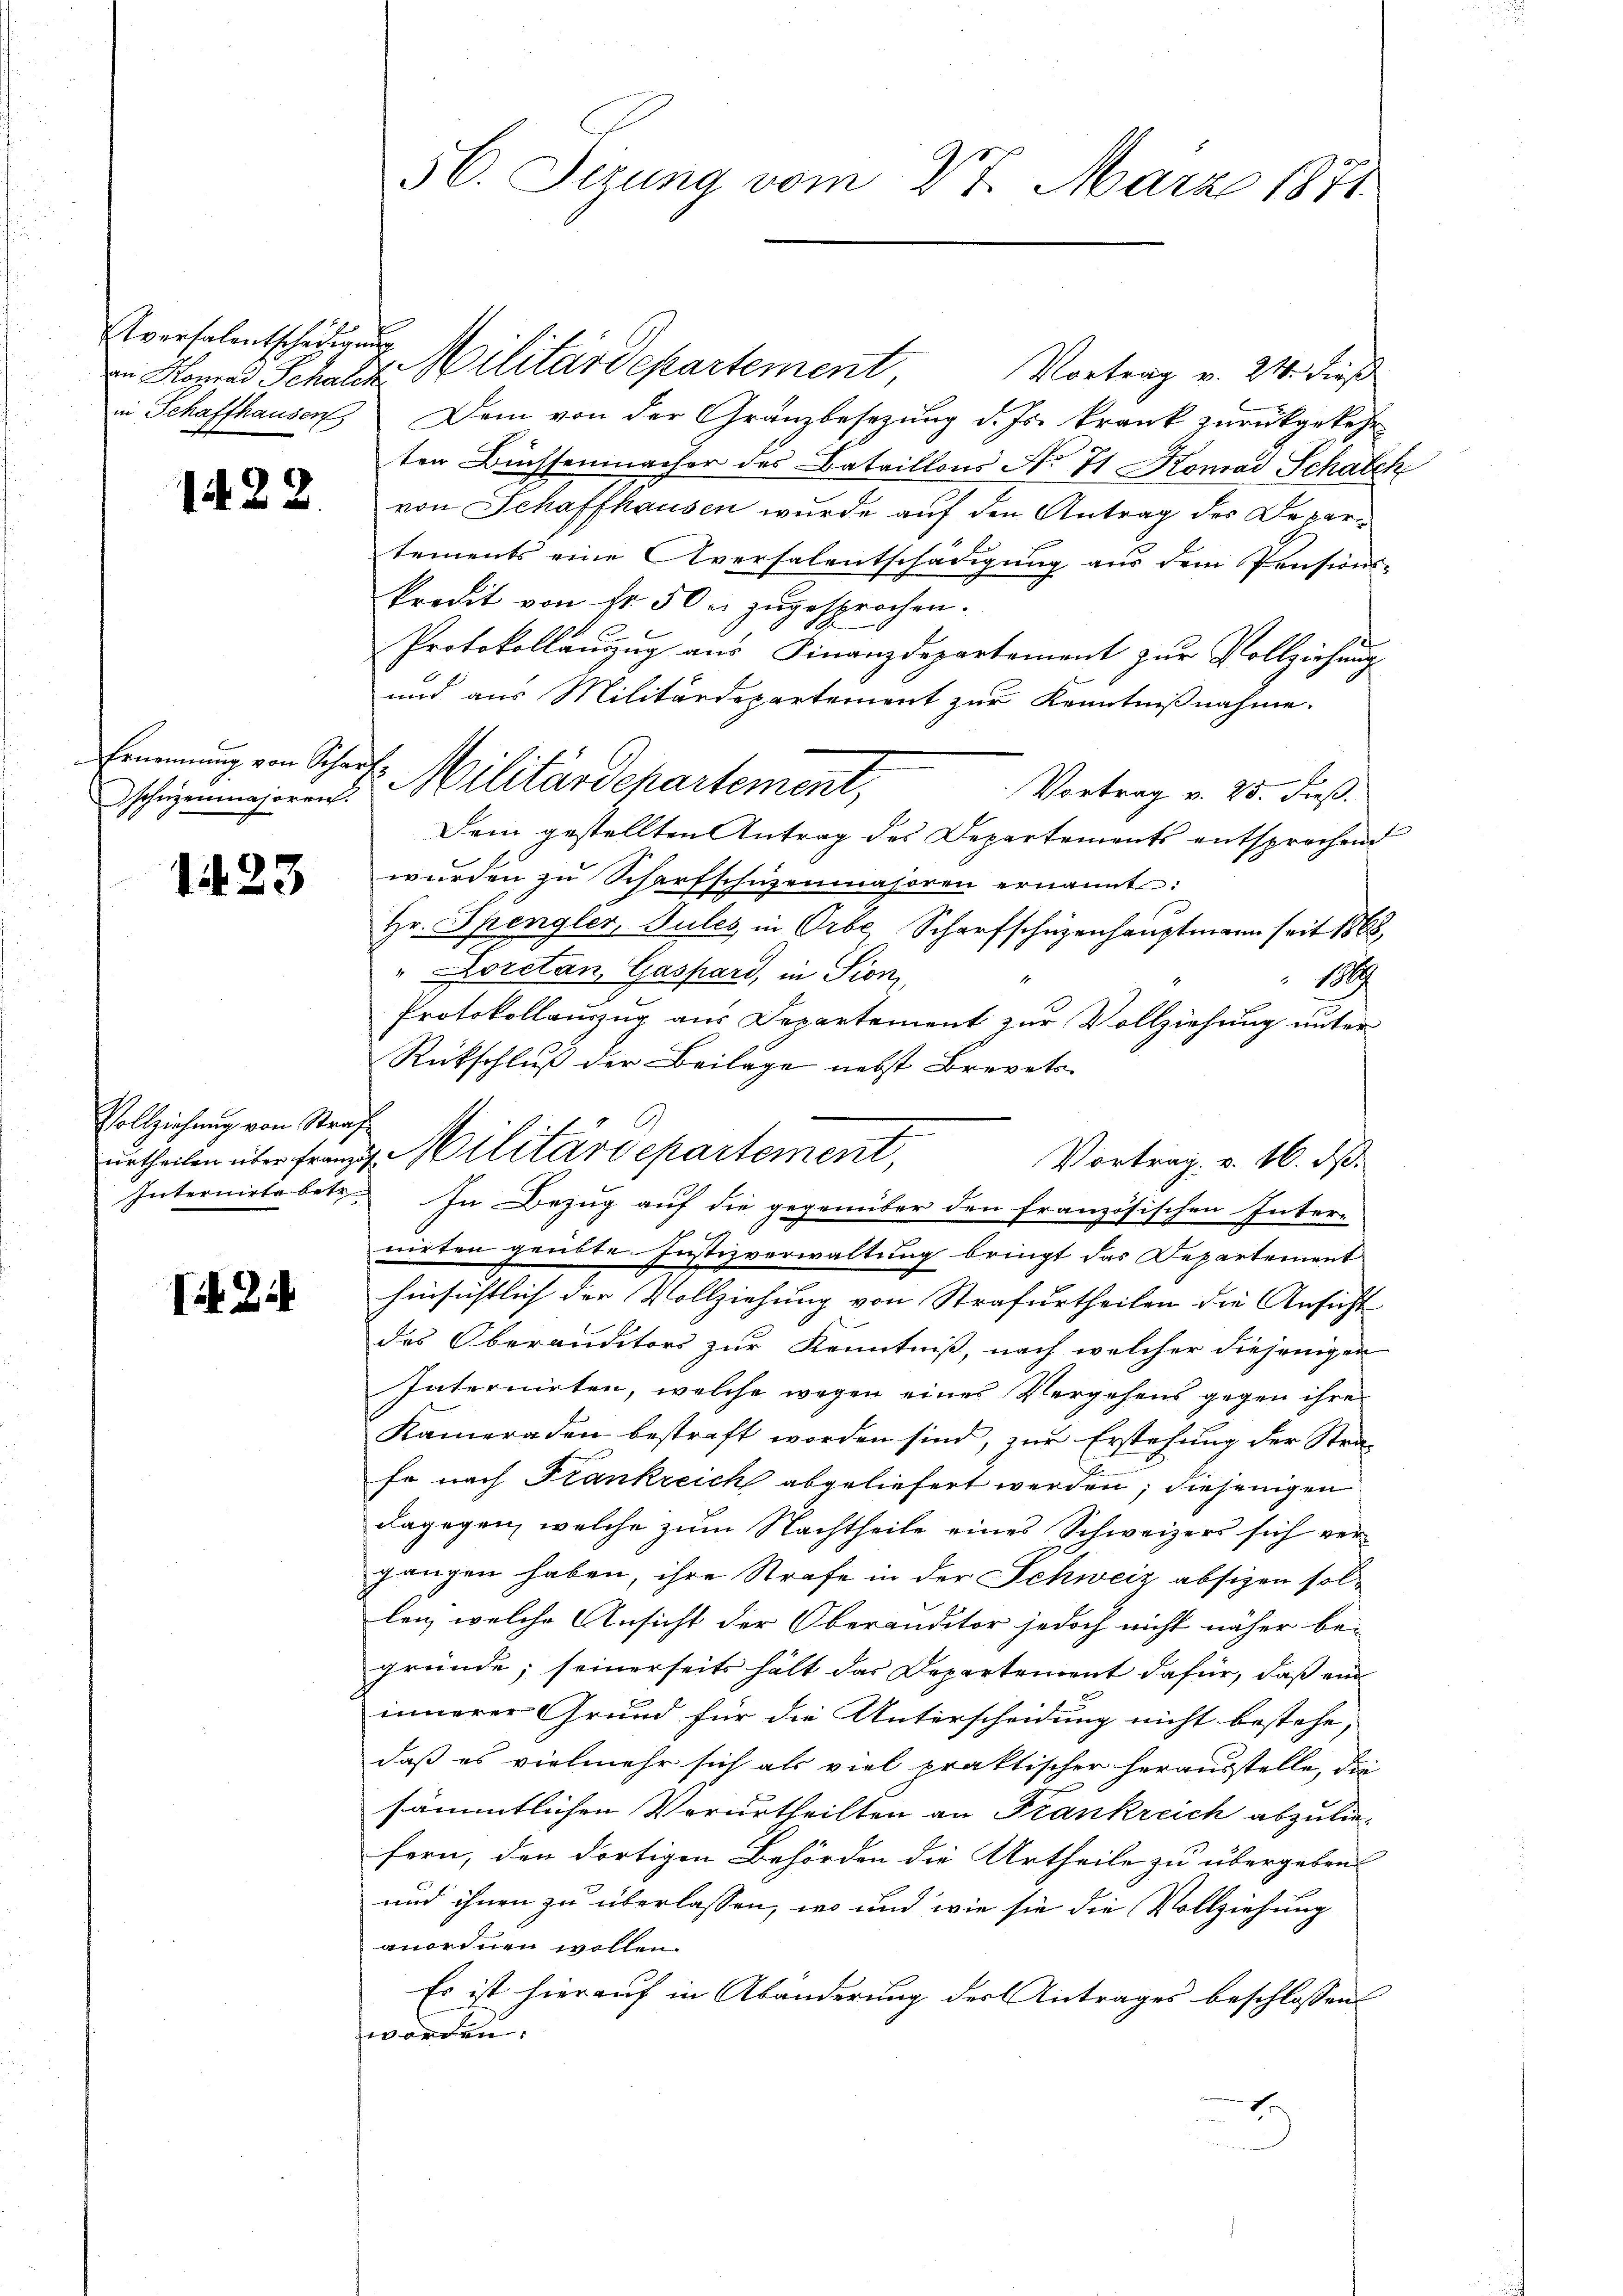
Avertalentscheidigung

1422

Schüzenmajoren.

1423

Vollziehung von Straf

I Zi

in Konrad Schale Militärdepartement, Vortrag v. 24. dieß
in Schaffhausen Dem von der Granzbesezung d. Js. krank zurückgekehr
ten Büchsenmacher des Bataillons No 71 Konrad Schalch
von Schaffhausen wurde auf den Antrag des Departements eine Aversalentschädigung aus dem Pensions-
kredit von Fr. 50 u. zŭgesprochen.
Protokollauszug aus Finanzdepartement zur Vollziehungs¬
und aus Militärdepartement zur Kenntnißnahme.
.
Vortrag v. 25. dieß.
Dem gestellten Antrag des Departements entsprechend
wŭrden zu Scharfschüzenmajoren ernannt:
Hr. Spengler, Jules in Orte Scharfschüzenhauptmann seit 1868,
" Loretan, Gaspard, in Pioni,
1019
Protokollauszug aus Departement zur Vollziehung unter
Rückschluß der Beilage nebst Brevets
G
Vortrag v. 16. d.
Internirte betr. In Bezug auf die gegenüber den französischen Inter-
nirten grübte Justizverwaltung bringt das Departement
hinsichtlich der Vollziehung von Strafurtheilen die Ansicht
des Oberauditors zur Kenntniß, nach welcher diejenigen
Internirten, welche wegen eines Vergehens gegen ihre
Kameraden bestraft worden sind, zur Erstehung der Strafe nach Frankreich abgeliefert werden; diejenigen
dagegen, welche zum Nachtheile eines Schweizers sich vergangen haben, ihre Strafe in der Schweiz absigen sollen, welche Ansicht der Oberauditor jedoch nicht näher be-
gründe, seinerseits hält das Departement dafür, daß ein
innerer Grund für die Unterscheidung nicht bestehe,
daß es vielmehr sich als viel praktischer herausstelle, die
sämmtlichen Verurtheilten an Frankreich abzuliefern, den dortigen Behörden die Urtheile zu übergeben
und ihnen zu überlassen, wo und wie sie die Vollziehung
anordnen wollen.
Es ist hierauf in Abänderung der Antrages beschlossen:
worden.
E

56. Sizung vom 27. März 1871.

Ernennung von Scharfs Militärdepartement,

ŭrtheilen über franz Militärdepartement,